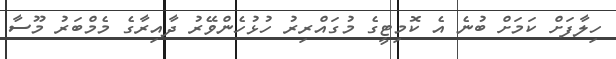
ހިލާފަށް ކަމަށް ބުނެ އެ ކޮމިޓީގެ މުގައްރިރު ހުޅުހެންވޭރު ދާއިރާގެ މެމްބަރު މޫސާ